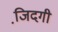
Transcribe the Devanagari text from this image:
जि़दगी